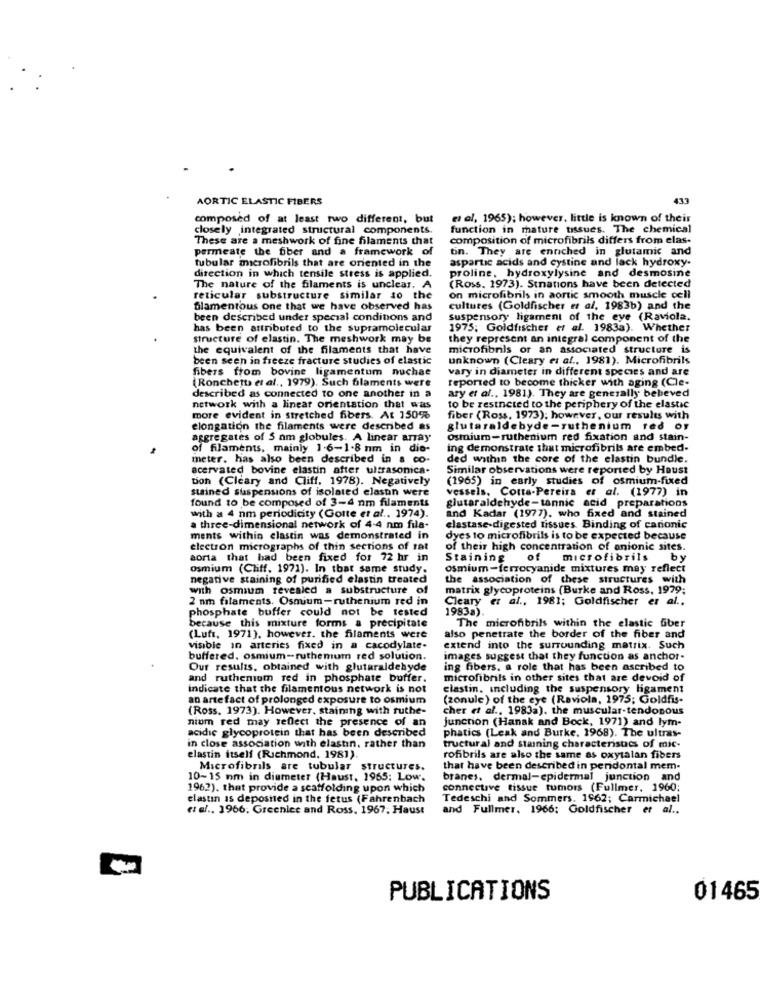
AORTIC ELASTIC FIBERS
433
composed of at least two different, but
et al, 1965); however, little is known of their
closely integrated structural components.
function in mature tissues. The chemical
These are a meshwork of fine filaments that
composition of microfibrils differs from elas-
permeate the fiber and a framework of
tin. They are enriched in glutamic and
aspartic acids and cystine and lack hydroxy-
tubular microfibrils that are oriented in the
proline, hydroxylysine and desmosine
direction in which tensile stress is applied.
The nature of the filaments is unclear. A
(Ross. 1973). Stnations have been detected
reticular substructure similar to the
on microfibrils in aortic smooth muscle cell
filamentous one that we have observed has
cultures (Goldfischer et al. 1983b) and the
been described under special conditions and
suspensory ligament of the eye (Raviola.
has been attributed to the supramolecular
1975; Goldfischer et al. 1983a). Whether
structure of elastin. The meshwork may be
they represent an integral component of the
the equivalent of the filaments that have
microfibrils or an associated structure is
been seen in freeze fracture studies of elastic
unknown (Cleary et al ., 1981). Microfibrils
fibers from bovine ligamentum nuchae
vary in diameter in different species and are
(Ronchetto et al ., 1979). Such filaments were
reported to become thicker with aging (Cle-
described as connected to one another in a
ary et al ., 1981). They are generally bebeved
network with a linear orientation that was
to be resineted to the periphery of the elastic
more evident in stretched fibers. At 150%
fiber (Ross, 1973); however, our results with
elongation the filaments were described as
glutaraldebyde-ruthenium red or
aggregates of 5 nm globules. A linear array
Osmium-ruthenium red fixation and stain-
of filaments, mainly 1.6-1.8 nm in die-
ing demonstrate that microfibrils are embed-
meter, has also been described in & co-
ded within the core of the elastin bundle.
acervated bovine elastin after ultrasonica.
Similar observations were reported by Houst
tion (Cleary and Cliff, 1978). Negatively
(1965) in early studies of osmium-fixed
stained suspensions of isolated elastin were
vessels, Cotta-Pereira et al. (1977) in
found to be composed of 3-4 nm filaments
glutaraldehyde-tannic acid preparations
with a 4 nm periodicity (Goute et al ., 1974).
and Kadar (1977). who fixed and stained
a three-dimensional network of 4-4 nm fila-
elastase-digested tissues. Binding of carionic
ments within elastin was demonstrated in
dyes to microfibrils is to be expected because
electron micrographs of thin sections of sat
of their high concentration of anionic sites.
aorta that had been fixed for 72 hr in
Staining
of
microfibrils by
Osmium (Cliff, 1971). In that same study.
osmium-ferrocyanide mixtures may reflect
negative staining of purified elastin treated
the association of these structures with
with osmium revealed a substructure of
matrix glycoproteins (Burke and Ross, 1979;
2 nm filaments. Osmium-ruthenium red in
Cleary et al ., 1981; Goldfischer et al .,
1983a).
phosphate buffer could not be tested
because this mixture forms a precipitate
The microfibrils within the elastic fiber
(Luft, 1971), however, the filaments were
also penetrate the border of the fiber and
visible in arteries fixed in a cacodylate-
extend into the surrounding matrix. Such
buffered. osmium-ruthemum red solution.
images suggest that they function as anchor-
Our results. obtained with glutaraldehyde
ing fibers. a role that has been ascribed to
and ruthenium red in phosphate buffer.
microfibrils in other sites that are devoid of
indicate that the filamentous network is not
elastin, including the suspensory ligament
an artefact of prolonged exposure to osmium
(zonule) of the eye (Raviola, 1975; Goldfis-
(Ross. 1973). However, staining with ruthe-
cher et al ., 1983a). the muscular-tendonous
nium red may reflect the presence of an
junction (Hanak and Bock, 1971) and lym-
acidic glycoprotein that has been described
phatics (Leak and Burke, 1968). The ultras-
in close association with elastin. rather than
tructural and staining characteristics of mic-
elastin itself (Richmond, 1981).
rofibrils are also the same as oxytalan fibers
Microfibrils are tubular structures.
that have been described in peridontal mem-
10-15 mm in diameter (Haust, 1965: Low.
branes. dermal-epidermal junction and
1962). that provide a scaffolding upon which
connective tissue tumors (Fullmer. 1960;
elastin as deposited in the fetus (Fahrenbach
Tedeschi and Sommers. 1962; Carmichael
« al ., 1966. Greenice and Ross, 1967, Haust
and Fullmer. 1966: Goldfischer et al ..
PUBLICATIONS
01465